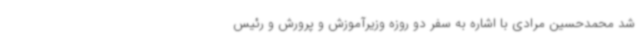
شد محمدحسین مرادی با اشاره به سفر دو روزه وزیرآموزش و پرورش و رئیس